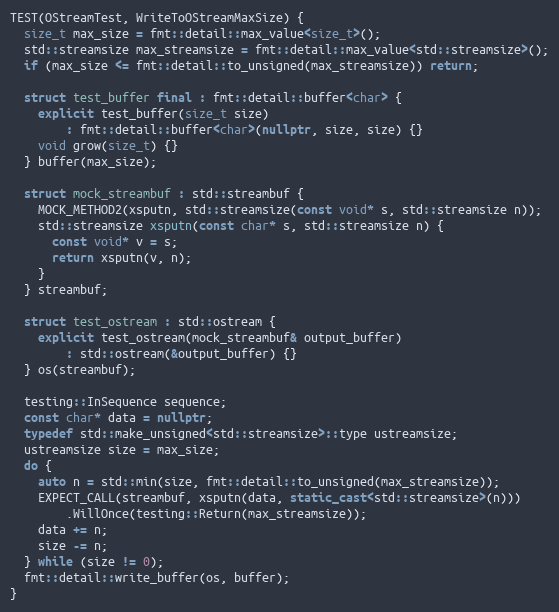
Language: C++
TEST(OStreamTest, WriteToOStreamMaxSize) {
  size_t max_size = fmt::detail::max_value<size_t>();
  std::streamsize max_streamsize = fmt::detail::max_value<std::streamsize>();
  if (max_size <= fmt::detail::to_unsigned(max_streamsize)) return;

  struct test_buffer final : fmt::detail::buffer<char> {
    explicit test_buffer(size_t size)
        : fmt::detail::buffer<char>(nullptr, size, size) {}
    void grow(size_t) {}
  } buffer(max_size);

  struct mock_streambuf : std::streambuf {
    MOCK_METHOD2(xsputn, std::streamsize(const void* s, std::streamsize n));
    std::streamsize xsputn(const char* s, std::streamsize n) {
      const void* v = s;
      return xsputn(v, n);
    }
  } streambuf;

  struct test_ostream : std::ostream {
    explicit test_ostream(mock_streambuf& output_buffer)
        : std::ostream(&output_buffer) {}
  } os(streambuf);

  testing::InSequence sequence;
  const char* data = nullptr;
  typedef std::make_unsigned<std::streamsize>::type ustreamsize;
  ustreamsize size = max_size;
  do {
    auto n = std::min(size, fmt::detail::to_unsigned(max_streamsize));
    EXPECT_CALL(streambuf, xsputn(data, static_cast<std::streamsize>(n)))
        .WillOnce(testing::Return(max_streamsize));
    data += n;
    size -= n;
  } while (size != 0);
  fmt::detail::write_buffer(os, buffer);
}